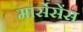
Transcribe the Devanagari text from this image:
मार्सेसेंस